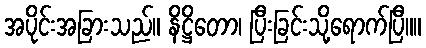
အပိုင်းအခြားသည်။ နိဋ္ဌိတော၊ ပြီးခြင်းသို့ရောက်ပြီ။။